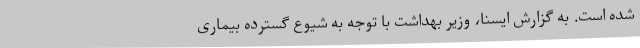
شده است. به گزارش ایسنا، وزیر بهداشت با توجه به شیوع گسترده بیماری